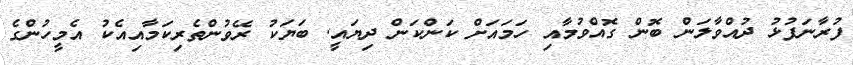
ފުރާނަފުޅު ދުއްވާލަން ބޮން ގޮއްވުމާއި ހަމައަށް ކަންކަން ދިޔައީ